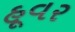
હૂવર